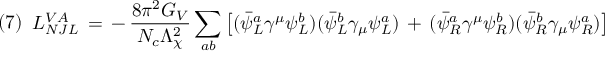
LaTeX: ( 7 ) \begin{array} { l l } { { { \cal L } _ { N J L } ^ { V A } \, = \, - \, \displaystyle { { \frac { 8 \pi ^ { 2 } G _ { V } } { N _ { c } \Lambda _ { \chi } ^ { 2 } } } \sum _ { a b } \left[ ( { \bar { \psi } } _ { L } ^ { a } \gamma ^ { \mu } \psi _ { L } ^ { b } ) ( { \bar { \psi } } _ { L } ^ { b } \gamma _ { \mu } \psi _ { L } ^ { a } ) \, + \, ( { \bar { \psi } } _ { R } ^ { a } \gamma ^ { \mu } \psi _ { R } ^ { b } ) ( { \bar { \psi } } _ { R } ^ { b } \gamma _ { \mu } \psi _ { R } ^ { a } ) \right] } ~ \ \; \; \; \; \; \; \; \; \; \, = \, - \, \displaystyle { \frac { 4 \pi ^ { 2 } G _ { V } } { 3 N _ { c } \Lambda _ { \chi } ^ { 2 } } } \left[ ( { \bar { \psi } } \gamma ^ { \mu } \psi ) ^ { 2 } \, + \, ( { \bar { \psi } } \gamma _ { 5 } \gamma ^ { \mu } \psi ) ^ { 2 } \right] ~ \ \; \; \; \; \; \; \; \; \; \; \; \; \; \, - \, \displaystyle { { \frac { 8 \pi ^ { 2 } G _ { V } } { N _ { c } \Lambda _ { \chi } ^ { 2 } } } \sum _ { i = 1 } ^ { 8 } \left[ ( { \bar { \psi } } \gamma ^ { \mu } t _ { i } \psi ) ^ { 2 } \, + \, ( { \bar { \psi } } \gamma _ { 5 } \gamma ^ { \mu } t _ { i } \psi ) ^ { 2 } \right] } ~ , } } \end{array}